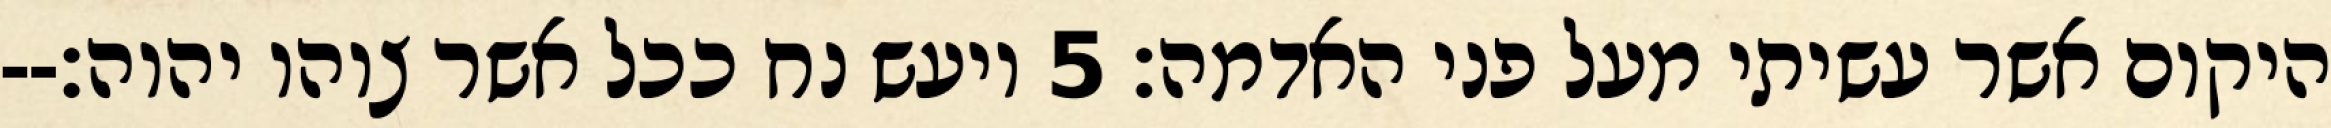
היקום אשר עשיתי מעל פני האדמה׃ ‎5‏ ויעש נח ככל אשר צוהו יהוה׃--